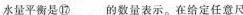
水量平衡是⑰___的数量表示。在给定任意尺